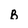
Character: B